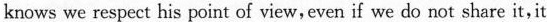
knows we respect his point of view,even if we do not share it,it